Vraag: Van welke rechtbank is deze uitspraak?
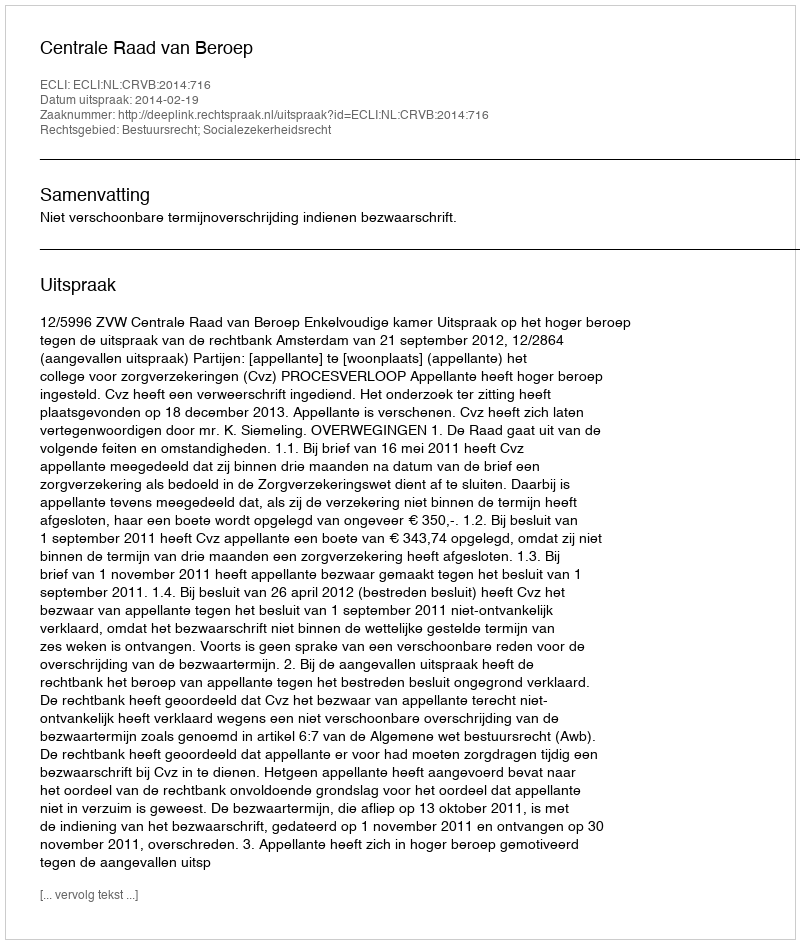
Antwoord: Centrale Raad van Beroep